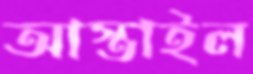
আস্তাইল